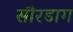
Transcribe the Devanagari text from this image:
सौरडाग